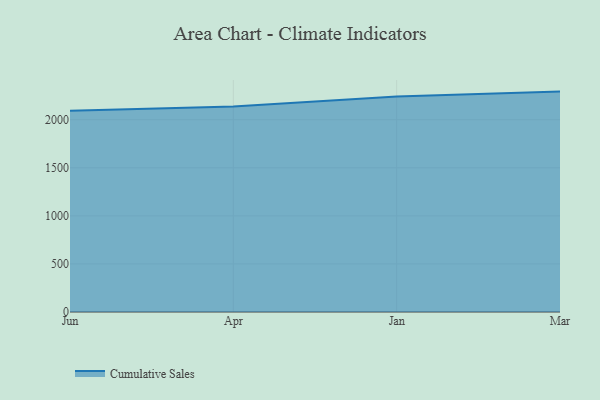
{"axis": {"x": "Month", "y": "Operating Costs (USD K)"}, "legend": ["Cumulative Sales"], "data": [{"x": "Jun", "y": 2093.2, "type": "Cumulative Sales"}, {"x": "Apr", "y": 2137.9, "type": "Cumulative Sales"}, {"x": "Jan", "y": 2240.7, "type": "Cumulative Sales"}, {"x": "Mar", "y": 2292.2, "type": "Cumulative Sales"}]}